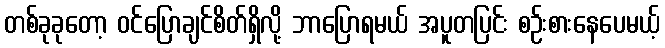
တစ်ခုခုတော့ ဝင်ပြောချင်စိတ်ရှိလို့ ဘာပြောရမယ် အပူတပြင်း စဉ်းစားနေပေမယ့်